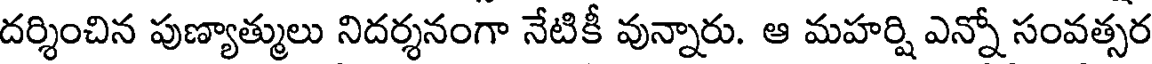
దర్శించిన పుణ్యాత్ములు నిదర్శనంగా నేటికీ వున్నారు. ఆ మహర్షి ఎన్నో సంవత్సర